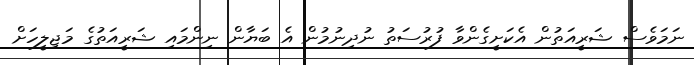
ނަމަވެސް ޝަރީއަތުން އެކަށީގެންވާ ފުރުސަތު ނުދިނުމުން އެ ބަޔާން ނިންމައި ޝަރީއަތުގެ މަޖިލީހަށް